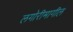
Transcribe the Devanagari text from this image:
लगोरीमागील